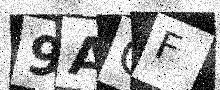
Text: 9ACF